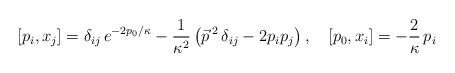
LaTeX: \begin{align*}[p_i, x_j] = \delta_{ij} \, e^{- 2p_0/\kappa}-\frac{1}{\kappa^2}\left(\vec{p}\,{}^{ 2}\, \delta_{ij} - 2 p_{i}p_{j}\right),\quad [p_0, x_i] = -\frac{2}\kappa\, p_i\end{align*}